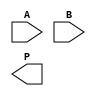
module WallaceTreeMultiplier #(
    parameter N = 4 // Parameter for bit-width
) (
    input [N-1:0] A,
    input [N-1:0] B,
    output reg [2*N-1:0] P
);

    // Intermediate signals for partial products
    wire [N-1:0] partial_product[N-1:0];

    // Generate partial products
    genvar i, j;
    generate
        for (i = 0; i < N; i = i + 1) begin : pp_gen
            assign partial_product[i] = A & {N{B[i]}};
        end
    endgenerate

    // Struct for half and full adders
    wire [N:0] sum_layer[2*N-1:0];
    wire [N:0] carry_layer[2*N-1:0];

    // Initializing partial product layers
    generate
        for (i = 0; i < N; i = i + 1) begin : init_sum
            assign sum_layer[i] = {1'b0, partial_product[i]};
            assign carry_layer[i] = {1'b0, 1'b0}; // No carry for initial sums
        end
    endgenerate

    // Wallace tree reduction
    integer level;
    integer row;
    always @* begin
        for (level = 0; level < N-1; level = level + 1) begin
            for (row = 0; row < (N + level) / 2; row = row + 1) begin
                // Combine two rows into one using half and full adders
                if (row < (N + level) / 2) begin
                    sum_layer[level + 1][row] = sum_layer[level][2 * row] ^ sum_layer[level][2 * row + 1];
                    carry_layer[level + 1][row + 1] = (sum_layer[level][2 * row] & sum_layer[level][2 * row + 1]) | carry_layer[level][row + 1];
                end
            end
        end
    end

    // Final addition to combine the last level of results
    always @* begin
        P = 0; // Initialize product
        for (row = 0; row < N; row = row + 1) begin
            P = P + {carry_layer[N-1][row+1], sum_layer[N-1][row]};
        end
    end

endmodule